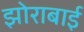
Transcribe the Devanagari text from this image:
झोराबाई